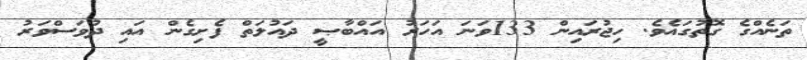
ތަނެއްގެ ގޮތުގައެވެ. ހިޖުރައިން 133ވަނަ އަހަރު އައްބާޞީ ދައުލަތް ފެށިގެން އައި ދުވަސްވަރު